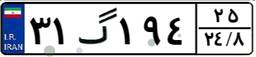
۳۱گ۱۹۴۲۵